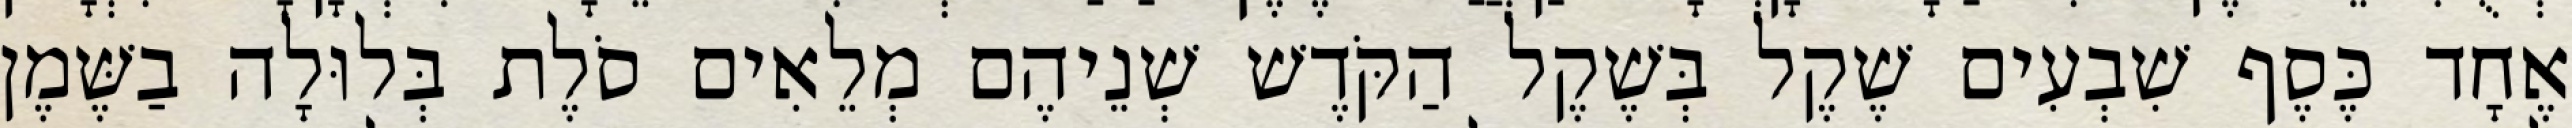
אֶחָד כֶּסֶף שִׁבְעִים שֶׁקֶל בְּשֶׁקֶל הַקֹּדֶשׁ שְׁנֵיהֶם מְלֵאִים סֹלֶת בְּלוּלָה בַשֶּׁמֶן